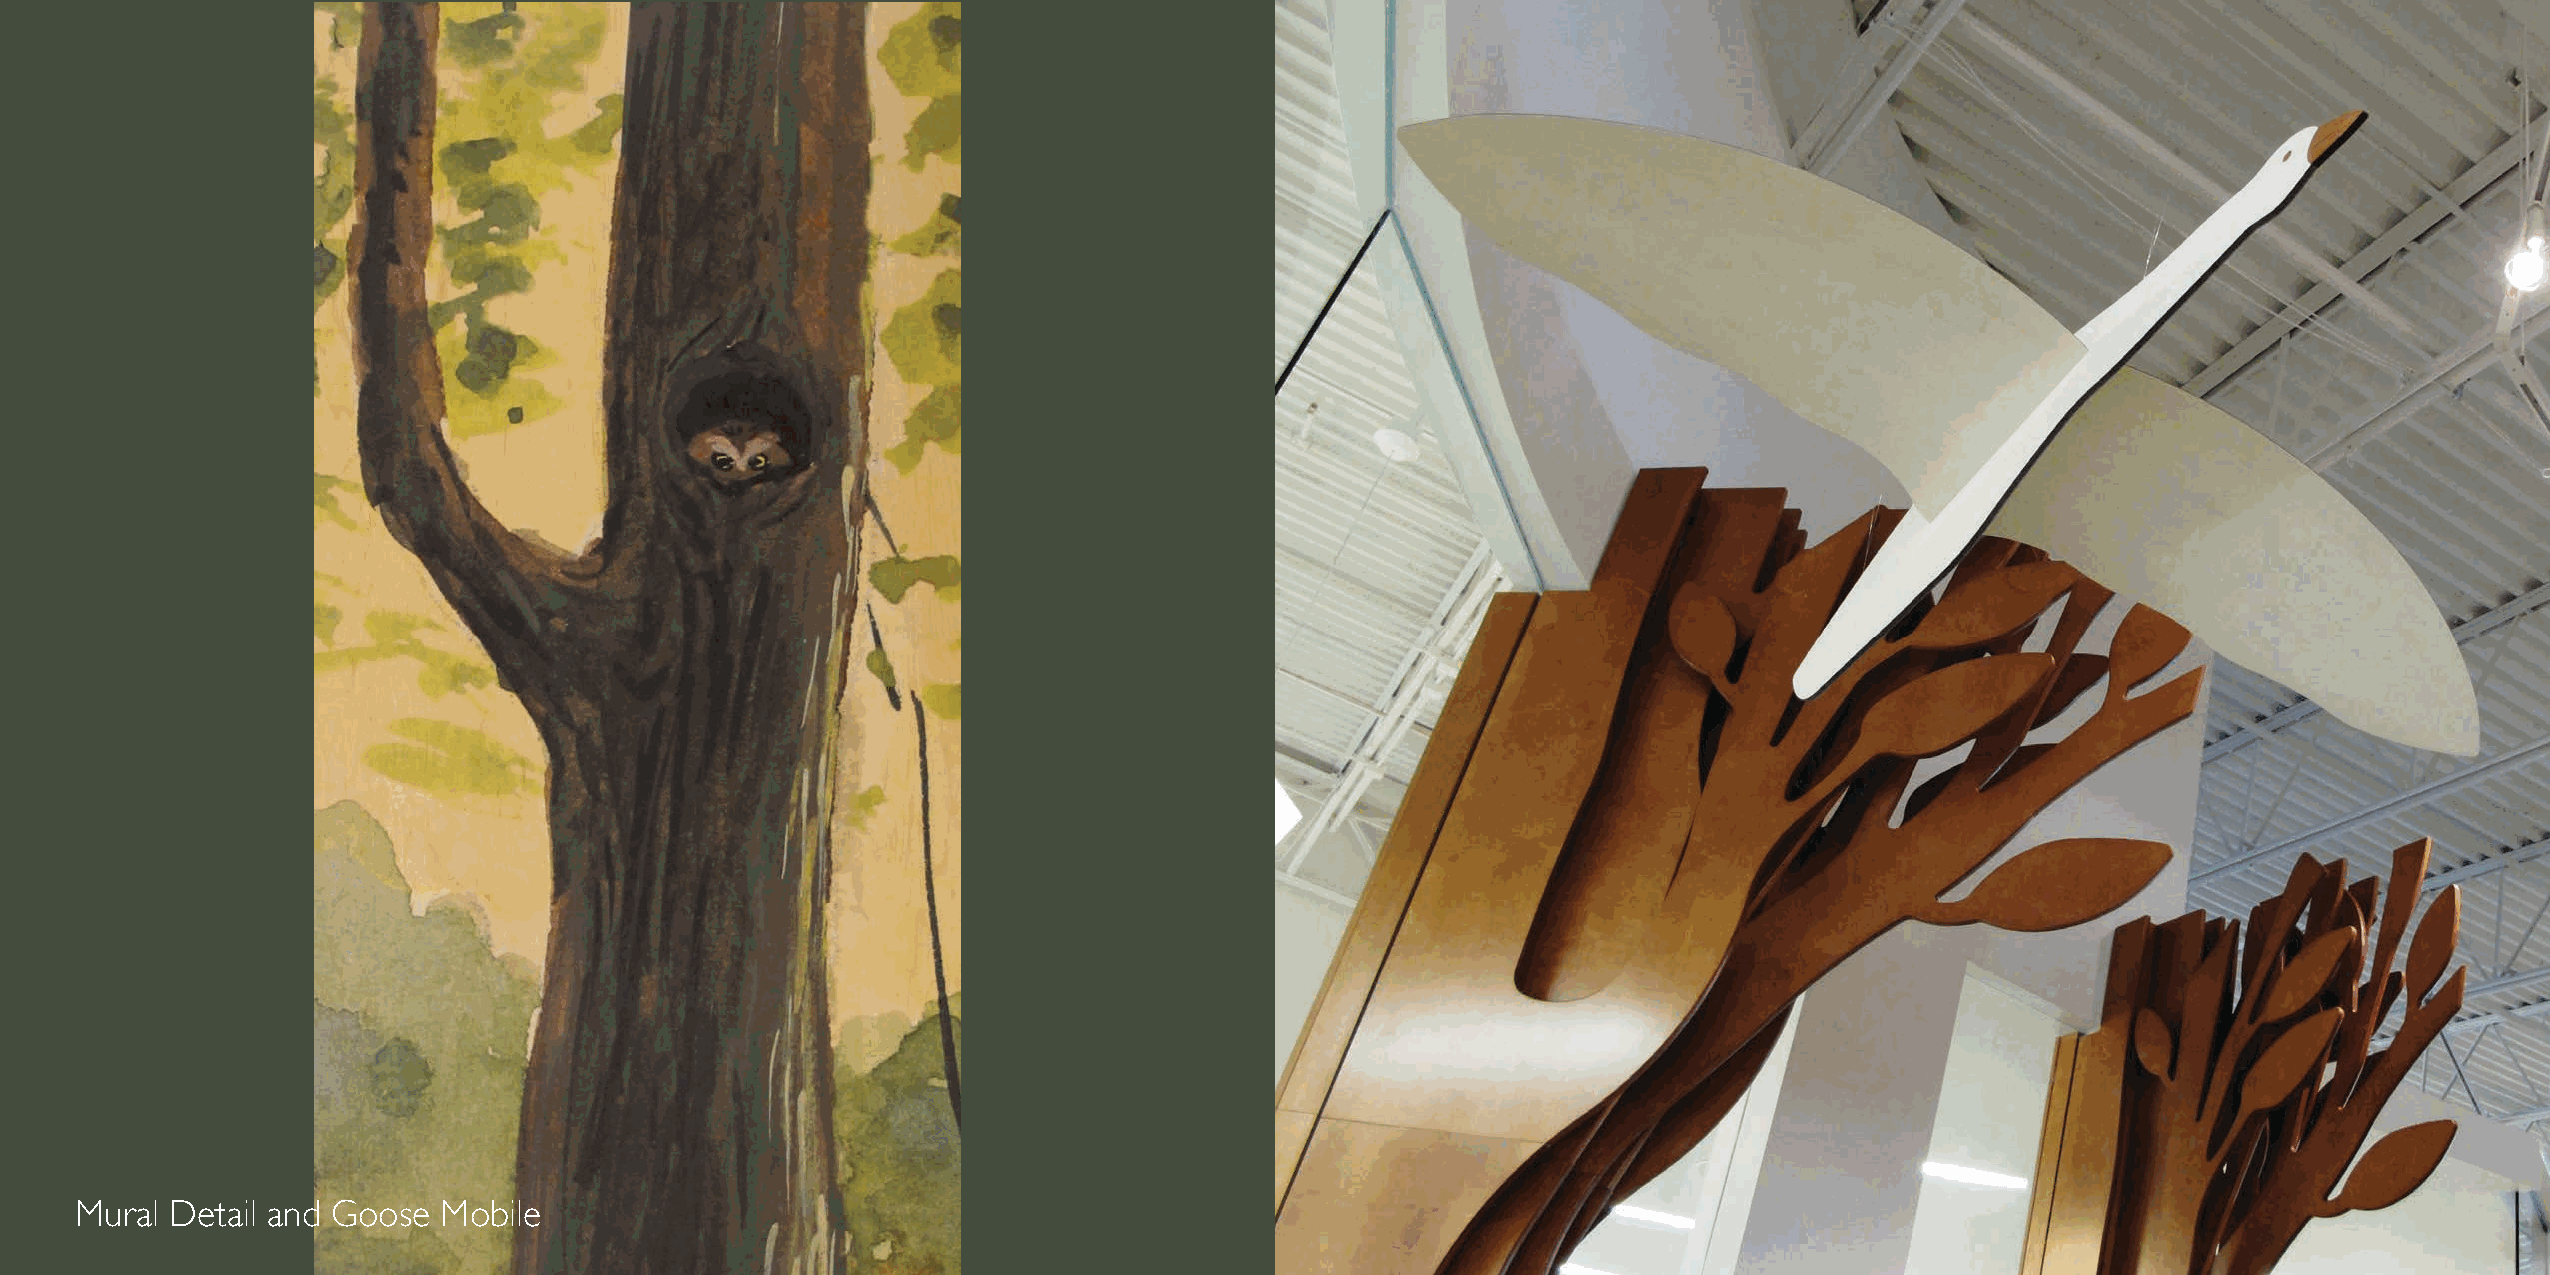
Mural Detail and Goose  Mobile
 258 | LearnPLAY | tmcfurniture.com                                                                                                             LearnPLAY | tmcfurniture.com | 259